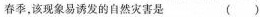
春季，该现象易诱发的自然灾害是( )